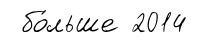
бо́льше 2014